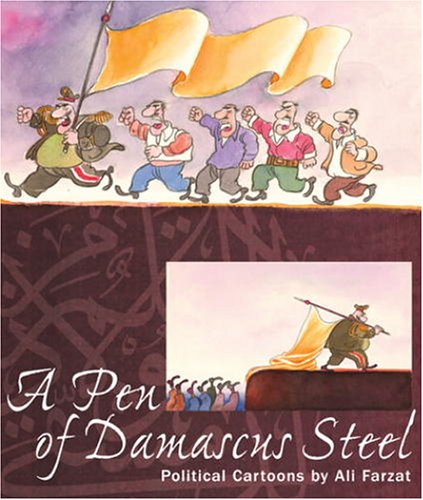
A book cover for A Pen of Damascus Steel: The Political Cartoons of an Arab Master; Ali Farzat; History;